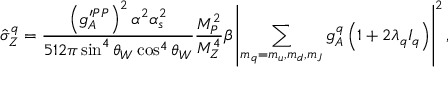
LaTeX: \hat { \sigma } _ { Z } ^ { q } = \frac { \left( g _ { A } ^ { \prime P P } \right) ^ { 2 } \alpha ^ { 2 } \alpha _ { s } ^ { 2 } } { 5 1 2 \pi \sin ^ { 4 } \theta _ { W } \cos ^ { 4 } \theta _ { W } } \frac { M _ { P } ^ { 2 } } { M _ { Z } ^ { 4 } } \beta \left| \sum _ { m _ { q } = m _ { u } , m _ { d } , m _ { J } } g _ { A } ^ { q } \left( 1 + 2 \lambda _ { q } I _ { q } \right) \right| ^ { 2 } ,